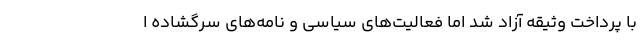
با پرداخت وثیقه آزاد شد اما فعالیت‌های سیاسی و نامه‌های سرگشاده ا